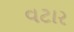
વટાર